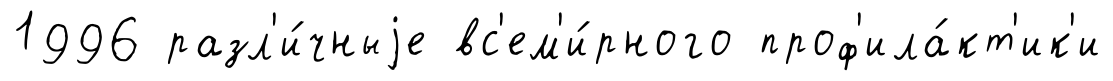
1996 разл'и́чныjе вс'ем'и́рного проф'ила́кт'ик'и